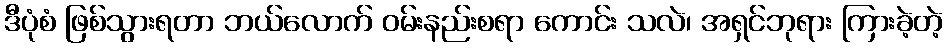
ဒီပုံစံ ဖြစ်သွားရတာ ဘယ်လောက် ဝမ်းနည်းစရာ ကောင်း သလဲ၊ အရှင်ဘုရား ကြားခဲ့တဲ့